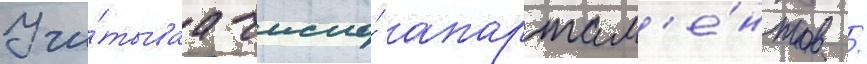
Учи́тываа число́ апартам'е́нтов /